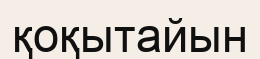
қоқытайын